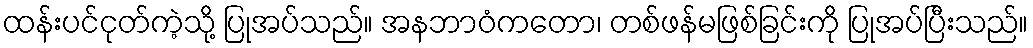
ထန်းပင်ငုတ်ကဲ့သို့ ပြုအပ်သည်။ အနဘာဝံကတော၊ တစ်ဖန်မဖြစ်ခြင်းကို ပြုအပ်ပြီးသည်။